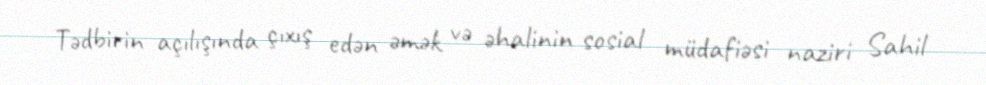
Tədbirin açılışında çıxış edən əmək və əhalinin sosial müdafiəsi naziri Sahil